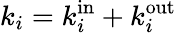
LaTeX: k_{i}=k_{i}^{\mathrm{in}}+k_{i}^{\mathrm{out}}